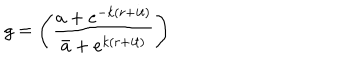
g = \Biggl ( { \frac { a + e ^ { - k ( r + i t ) } } { \bar { a } + e ^ { k ( r + i t ) } } } \Biggr )